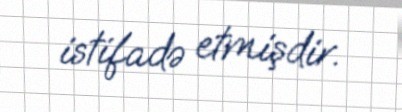
istifadə etmişdir.